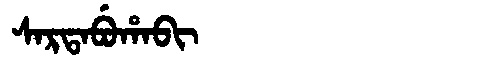
Manchu: ᠰᠠᡵᡨᠠᠪᡠᡥᠠᠪᡳ
Romanization: SARTABUHABI